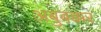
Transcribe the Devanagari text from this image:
अबुबक्कर